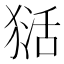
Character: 𱮏